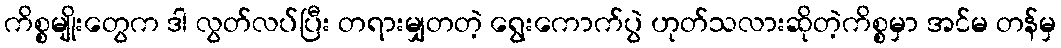
ကိစ္စမျိုးတွေက ဒါ လွတ်လပ်ပြီး တရားမျှတတဲ့ ရွေးကောက်ပွဲ ဟုတ်သလားဆိုတဲ့ကိစ္စမှာ အင်မ တန်မှ